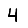
Digit: 4